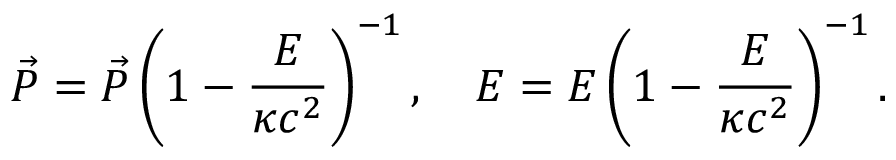
\vec { \cal { P } } = \vec { P } \left( 1 - \frac { E } { \kappa c ^ { 2 } } \right) ^ { - 1 } , \quad { \cal { E } } = E \left( 1 - \frac { E } { \kappa c ^ { 2 } } \right) ^ { - 1 } .